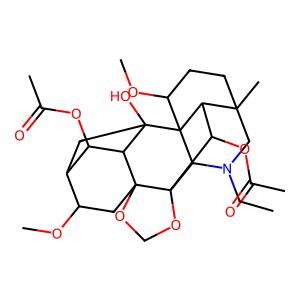
SMILES: CCN1CC2(C)CCC(OC)C34C2C(OC(C)=O)C2(OCOC25CC(OC)C2CC3(O)C5C2OC(C)=O)C14
Inhibits HIV replication: No